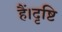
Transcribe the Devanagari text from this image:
हैं।दृष्टि